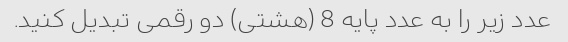
عدد زیر را به عدد پایه 8 (هشتی) دو رقمی تبدیل کنید.